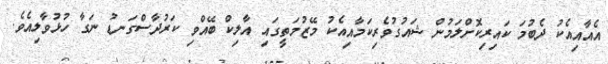
އެއާއިއެކު ދެބުމަ ކައިރިކޮށްލަމުން ޝައުގުވެރިކަމާއިއެކު މޭޒުމަތީގައި އާލިކް ބޭއްވި ކަރުދާސްގަނޑު ނަގާ ހުޅުވާލިއެވެ.